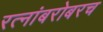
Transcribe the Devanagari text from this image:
रत्‍नांबरोबरच